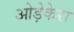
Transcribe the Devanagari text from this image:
ओड़ेकेरा